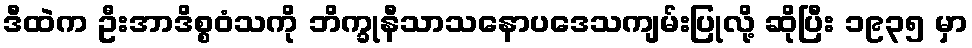
ဒီထဲက ဦးအာဒိစ္စဝံသကို ဘိက္ခုနီသာသနောပဒေသကျမ်းပြုလို့ ဆိုပြီး ၁၉၃၅ မှာ